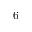
6